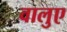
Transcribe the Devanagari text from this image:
वालुए